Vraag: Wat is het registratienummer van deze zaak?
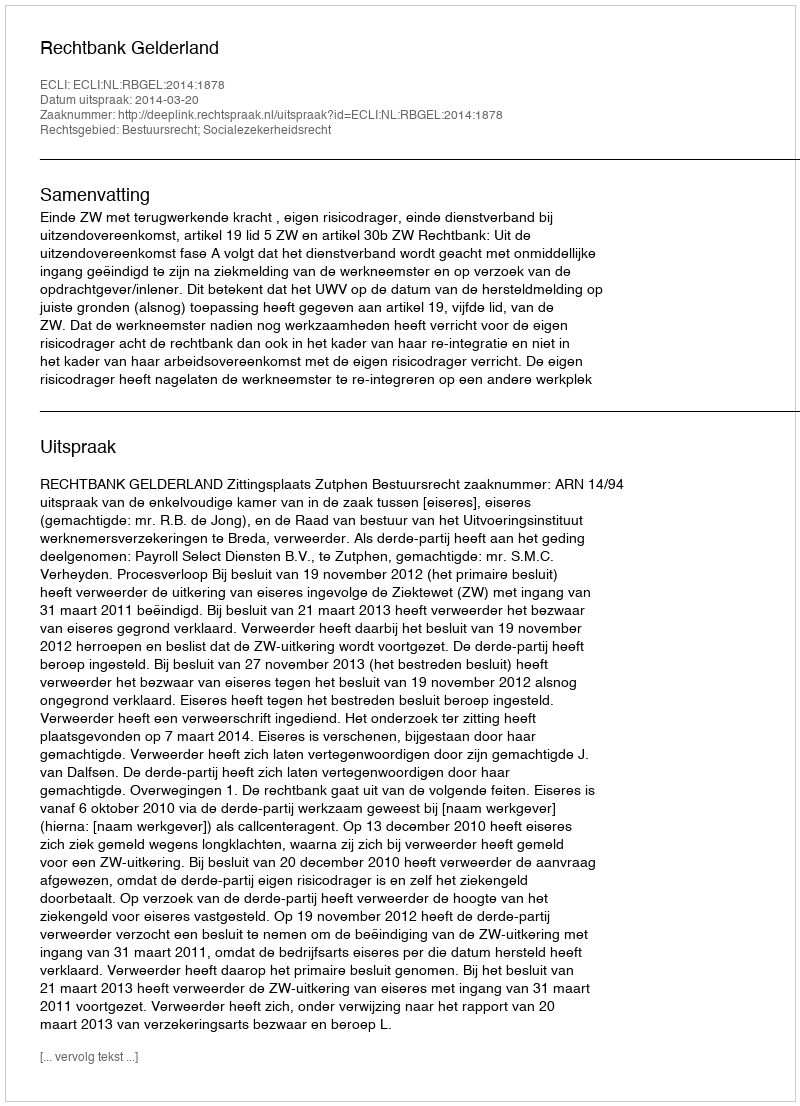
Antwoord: http://deeplink.rechtspraak.nl/uitspraak?id=ECLI:NL:RBGEL:2014:1878